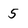
Character: 5